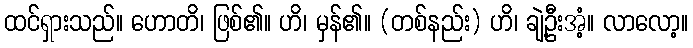
ထင်ရှားသည်။ ဟောတိ၊ ဖြစ်၏။ ဟိ၊ မှန်၏။ (တစ်နည်း) ဟိ၊ ချဲ့ဦးအံ့။ လာလော့။